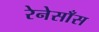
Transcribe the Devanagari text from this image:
रेनेसाँस